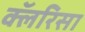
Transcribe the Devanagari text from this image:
क्लॅरिसा